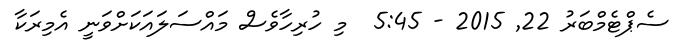
ސެޕްޓެމްބަރު 22